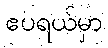
ဧပရယ်မှာ